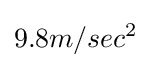
9.8m/{sec^{2}}